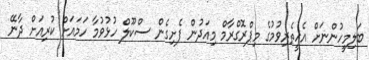
ބަލިމީހުންނަށް އެހީތެރިވުމުގެ މިޕްރޮގްރާމް މިއަދުން ފެށިގެން ސްކޫލް ހުޅުވުމާ ހަމައަށް ކުރިއަށް ދާނޭ